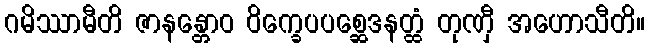
ဂမိဿာမီတိ ဇာနန္တောဝ ဝိက္ခေပပစ္ဆေဒနတ္ထံ တုဏှီ အဟောသီတိ။